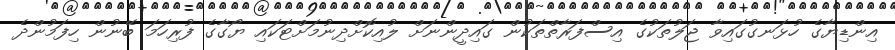
އިންޑިޔާގެ ހުޅަނގުގައިވާ ޖަލުތަކުގެ އިސްފަރާތްތަކުން ގައިދީންނަށް ލުއިކޮށްދިނުމަށްޓަކައި ޔޯގާގެ ފުރިހަމަ ބޭނުން ހިފަމުންދެ